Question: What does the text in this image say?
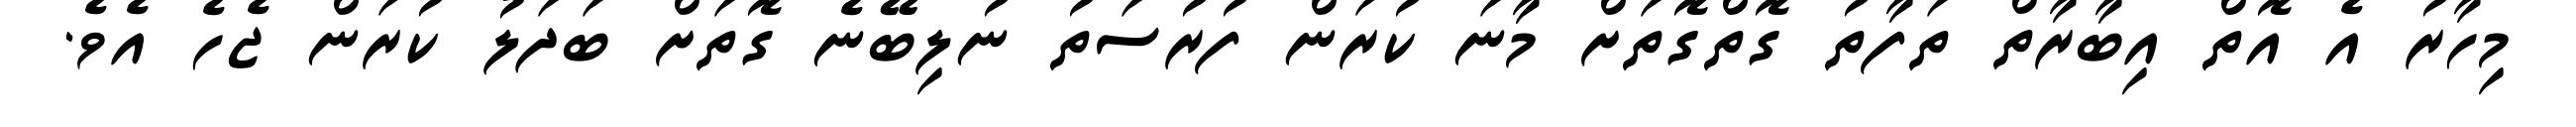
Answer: މިހާރު އެ އޮތް އިބާރާތް ތަފާތު ގޮތްގޮތަށް މާނަ ކުރަން ފުރުސަތު ނުލިބޭނެ ގޮތަށް ބަދަލު ކުރަން ޖެހެ އެވެ.